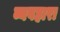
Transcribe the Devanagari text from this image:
व्यवहारा